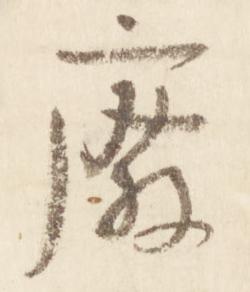
廃